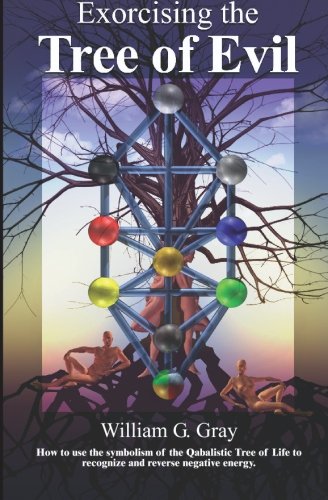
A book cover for Exorcizing the Tree of Evil; William G. Gray; Religion & Spirituality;